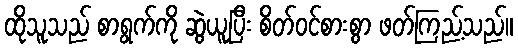
ထိုသူသည် စာရွက်ကို ဆွဲယူပြီး စိတ်ဝင်စားစွာ ဖတ်ကြည့်သည်။